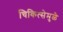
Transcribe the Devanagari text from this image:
चिकित्सेमुळे